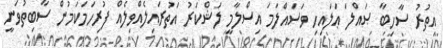
އިތުރު ސާހިބާ ޞައްލަ ޢަލައިހި ވަސައްލަމަ އިސްލާމީ ލަޝްކަރު އަތުރައިލެއްވިލެއް ފުރިހަމަކަމުން ސާބިތުވަނީ